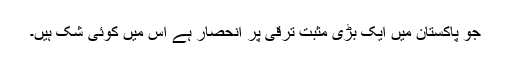
جو پاکستان میں ایک بڑی مثبت ترقی پر انحصار ہے اس میں کوئی شک ہیں۔